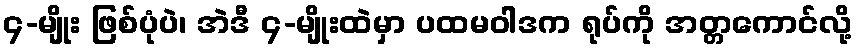
၄-မျိုး ဖြစ်ပုံပဲ၊ အဲဒီ ၄-မျိုးထဲမှာ ပထမဝါဒက ရုပ်ကို အတ္တကောင်လို့